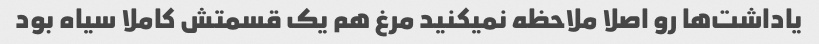
یاداشت‌ها رو اصلا ملاحظه نمیکنید مرغ هم یک قسمتش کاملا سیاه بود